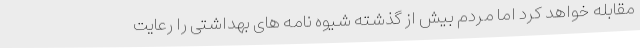
مقابله خواهد کرد اما مردم بیش از گذشته شیوه نامه های بهداشتی را رعایت